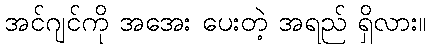
အင်ဂျင်ကို အအေး ပေးတဲ့ အရည် ရှိလား။